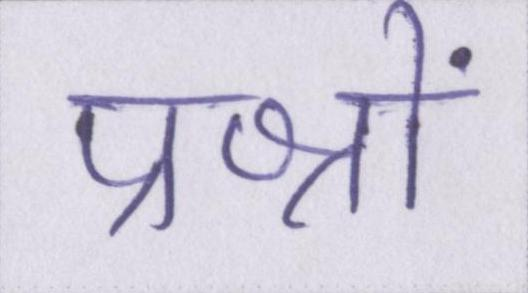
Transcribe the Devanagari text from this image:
प्रश्नों